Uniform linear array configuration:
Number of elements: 8
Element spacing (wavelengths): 0.5
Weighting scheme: exponential
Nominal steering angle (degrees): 60
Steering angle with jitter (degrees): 60.02
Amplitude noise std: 0.05
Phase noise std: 0.05

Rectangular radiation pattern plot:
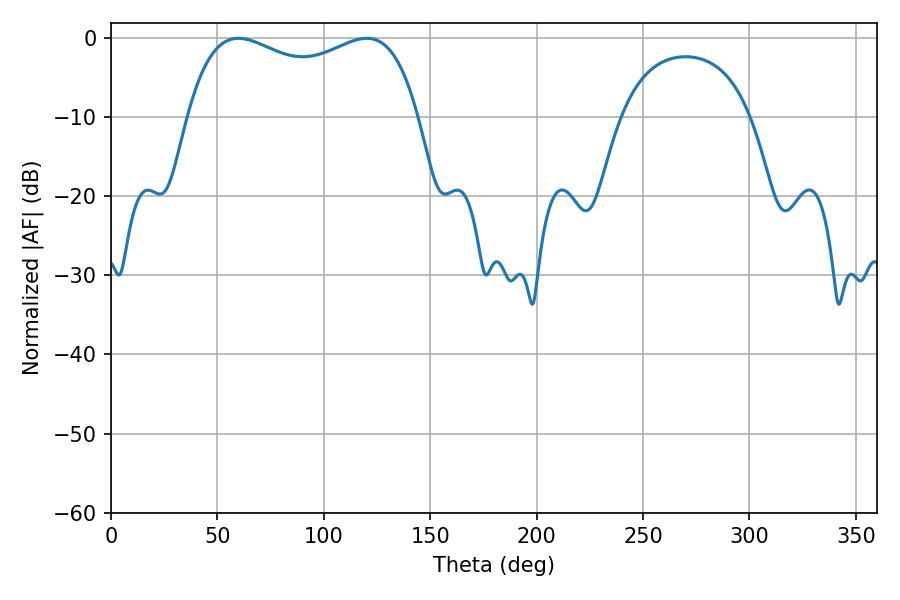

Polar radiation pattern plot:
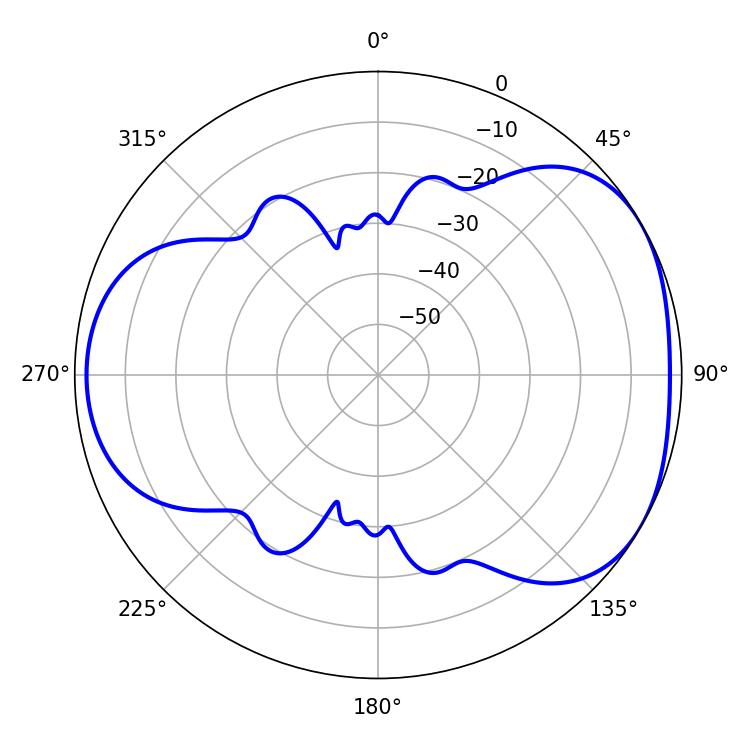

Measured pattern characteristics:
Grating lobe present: FALSE
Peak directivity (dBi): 4.265
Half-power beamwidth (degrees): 89.28
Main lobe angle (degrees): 59.94